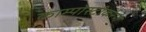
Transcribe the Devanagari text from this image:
काम्पोस्टीकरण